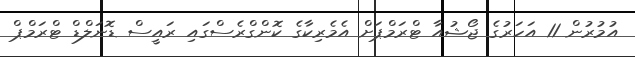
އުމުރުން 11 އަހަރުގެ ޖޯޝުއާ ޓްރަމްޕަށް އެމެރިކާގެ ކޮންގްރެސްގައި ރައީސް ޑޮނަލްޑް ޓްރަމްޕް